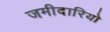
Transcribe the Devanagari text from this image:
जमीदारियो